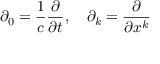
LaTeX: \partial _ { 0 } = { \frac { 1 } { c } } { \frac { \partial } { \partial t } } , \quad \partial _ { k } = { \frac { \partial } { \partial { x ^ { k } } } }